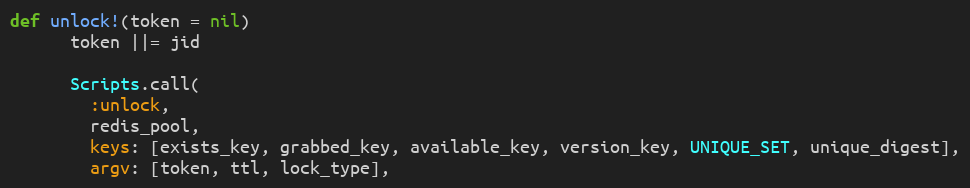
Language: Ruby
def unlock!(token = nil)
      token ||= jid

      Scripts.call(
        :unlock,
        redis_pool,
        keys: [exists_key, grabbed_key, available_key, version_key, UNIQUE_SET, unique_digest],
        argv: [token, ttl, lock_type],